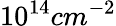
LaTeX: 10^{14}cm^{-2}